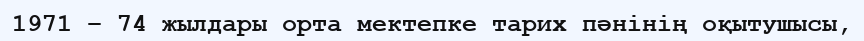
1971 – 74 жылдары орта мектепке тарих пәнінің оқытушысы,